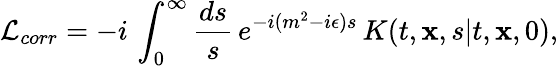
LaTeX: {\cal L}_{corr}=-i\, \int_{0}^{\infty}{\frac{ds}{s}}\, e^{-i(m^{2}-i\epsilon)s}\, K(t,{\mathbf x},s\vert t,{\mathbf x},0),